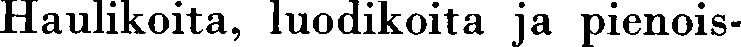
Haulikoita, luodikoita ja pienois-